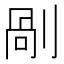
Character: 剮